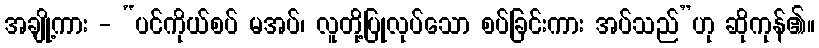
အချို့ကား - “ပင်ကိုယ်စပ် မအပ်၊ လူတို့ပြုလုပ်သော စပ်ခြင်းကား အပ်သည်”ဟု ဆိုကုန်၏။